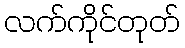
လက်ကိုင်တုတ်